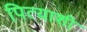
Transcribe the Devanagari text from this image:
पित्याशी